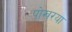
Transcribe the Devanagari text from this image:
पोखरया